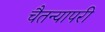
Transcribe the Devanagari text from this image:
चैतन्यापरी